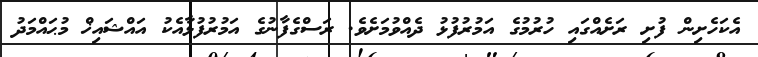
އެކަހެށިން ފުށި ރަށެއްގައި ހުރުމުގެ އަމުރުފުޅު ދެއްވުމަށެވެ. ރަސްގެފާނުގެ އަމުރުފުޅާއެކު އައްޝައިޚް މުޙައްމަދު